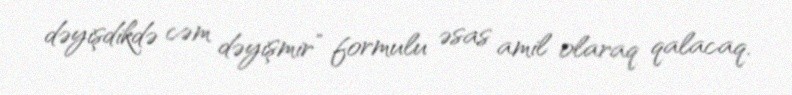
dəyişdikdə cəm dəyişmir” formulu əsas amil olaraq qalacaq.